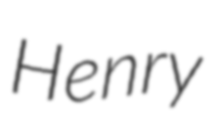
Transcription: Henry